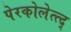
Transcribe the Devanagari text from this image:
पेरकोलेत्त्द्